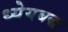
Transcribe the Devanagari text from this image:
ध्येयबद्ध